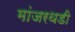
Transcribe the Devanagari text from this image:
मांजरथडी